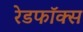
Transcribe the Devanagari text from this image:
रेडफॉक्स